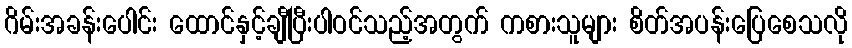
ဂိမ်းအခန်းပေါင်း ထောင်နှင့်ချီပြီးပါဝင်သည့်အတွက် ကစားသူများ စိတ်အပန်းပြေစေသလို